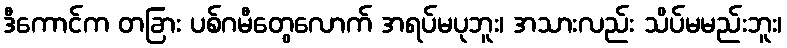
ဒီကောင်က တခြား ပစ်ဂမီတွေလောက် အရပ်မပုဘူး၊ အသားလည်း သိပ်မမည်းဘူး၊